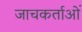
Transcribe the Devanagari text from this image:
जाचकर्ताओं